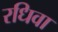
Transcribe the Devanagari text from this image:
रधिवा